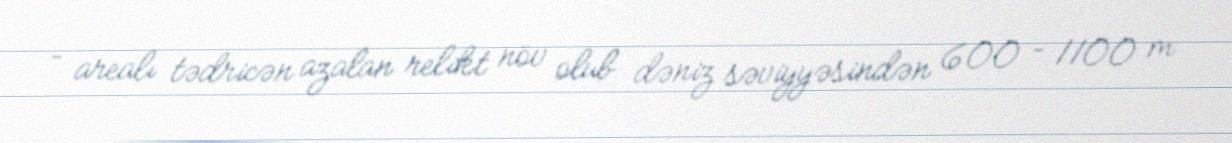
– arealı tədricən azalan relikt növ olub dəniz səviyyəsindən 600 – 1100 m